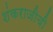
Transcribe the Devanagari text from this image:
शंकराजीची